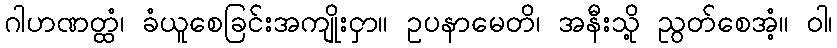
ဂါဟဏတ္ထံ၊ ခံယူစေခြင်းအကျိုးငှာ။ ဥပနာမေတိ၊ အနီးသို့ ညွတ်စေအံ့။ ဝါ၊